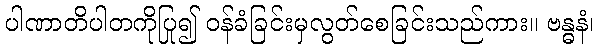
ပါဏာတိပါတကိုပြု၍ ဝန်ခံခြင်းမှလွတ်စေခြင်းသည်ကား။ ဗန္ဓနံ၊